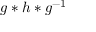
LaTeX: g * h * g ^ { - 1 }